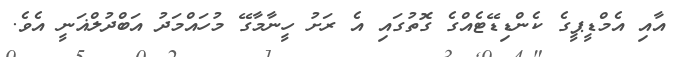
އާއި އެމްޑީޕީގެ ކެންޑިޑޭޓެއްގެ ގޮތުގައި އެ ރަށު ހީނާމާގޭ މުހައްމަދު އަބްދުލްޣަނީ އެވެ.